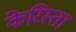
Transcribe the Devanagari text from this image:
केरिस्ता